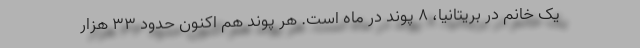
یک خانم در بریتانیا، 8 پوند در ماه است. هر پوند هم اکنون حدود 33 هزار